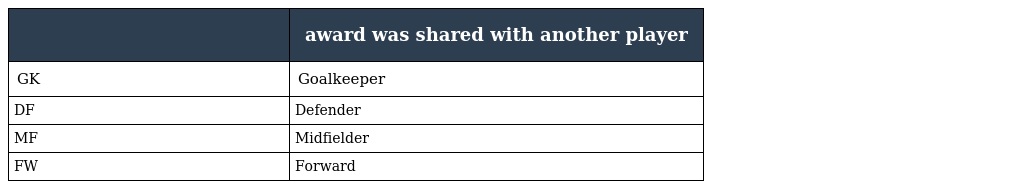
|  | award was shared with another player |
 | --- | --- |
 | GK | Goalkeeper |
 | DF | Defender |
 | MF | Midfielder |
 | FW | Forward |